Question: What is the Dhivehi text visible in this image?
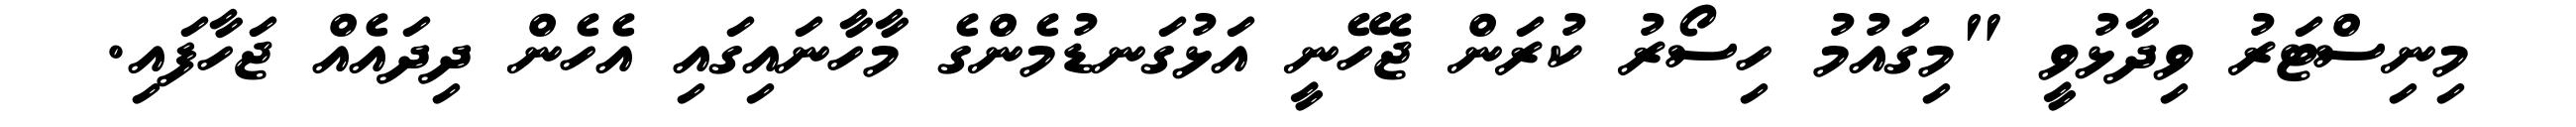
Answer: މިނިސްޓަރު ވިދާޅުވީ "މިގައުމު ހިސޯރު ކުރަން ޖެހޭނީ އަޅުގަނޑުމެންގެ މާހާނައިގައި އެހެން ދިދައެއް ޖަހާފައި.